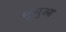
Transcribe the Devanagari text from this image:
सुमुआ